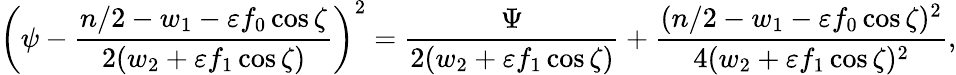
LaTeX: \left(\psi-\frac{n/2-w_{1}-\varepsilon f_{0}\cos\zeta}{2(w_{2}+\varepsilon f_{1}\cos\zeta)}\right)^{2}=\frac{\Psi}{2(w_{2}+\varepsilon f_{1}\cos\zeta)}+\frac{(n/2-w_{1}-\varepsilon f_{0}\cos\zeta)^{2}}{4(w_{2}+\varepsilon f_{1}\cos\zeta)^{2}},